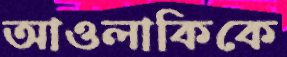
আওলাকিকে